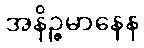
အနိဉ္ဇမာနေန